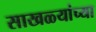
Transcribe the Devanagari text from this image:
साखळ्यांच्या